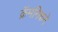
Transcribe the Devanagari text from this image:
क्रॅमनिकने